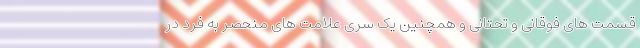
قسمت های فوقانی و تحتانی و همچنین یک سری علامت های منحصر به فرد در